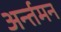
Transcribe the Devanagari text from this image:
अर्न्‍तमन